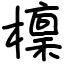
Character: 檁